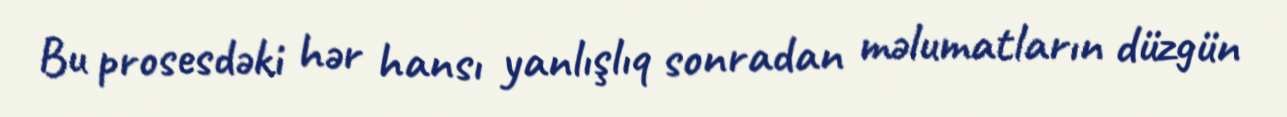
Bu prosesdəki hər hansı yanlışlıq sonradan məlumatların düzgün